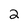
Character: 2